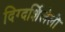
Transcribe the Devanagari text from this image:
दिग्दर्शिलेली